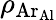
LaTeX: \rho_{\mathrm{Ar_{Al}}}